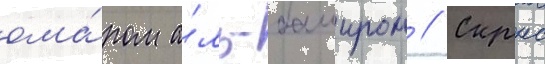
ома́ром а́ль-баширом // Скрнс